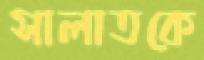
সালাতকে